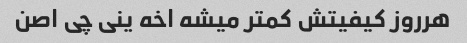
هرروز کیفیتش کمتر میشه اخه ینی چی اصن